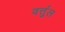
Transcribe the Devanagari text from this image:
वर्त्तुल